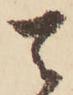
は